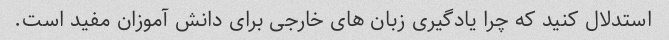
استدلال کنید که چرا یادگیری زبان های خارجی برای دانش آموزان مفید است.